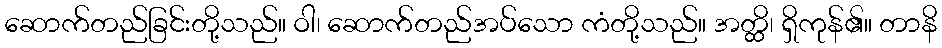
ဆောက်တည်ခြင်းတို့သည်။ ဝါ၊ ဆောက်တည်အပ်သော ကံတို့သည်။ အတ္ထိ၊ ရှိကုန်၏။ တာနိ